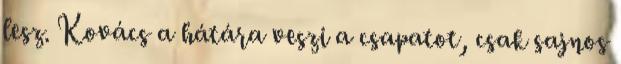
lesz. Kovács a hátára veszi a csapatot, csak sajnos